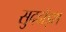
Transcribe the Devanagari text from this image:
सुददॉइश